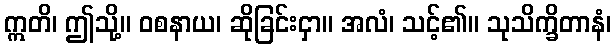
ဣတိ၊ ဤသို့။ ဝစနာယ၊ ဆိုခြင်းငှာ။ အလံ၊ သင့်၏။ သုသိက္ခိတာနံ၊